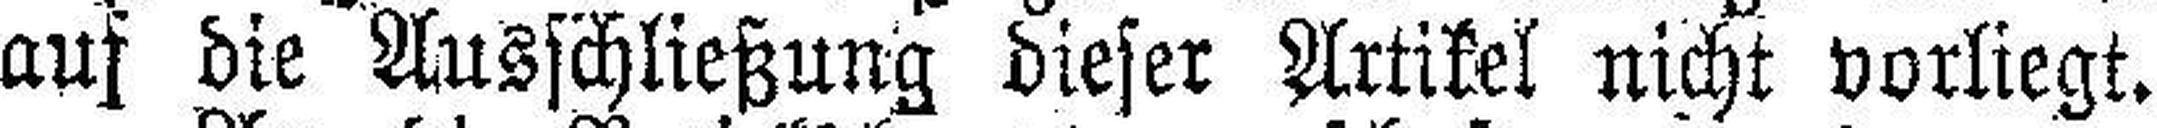
auf die Ausschließung dieser Artikel nicht vorliegt.